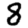
Digit: 8